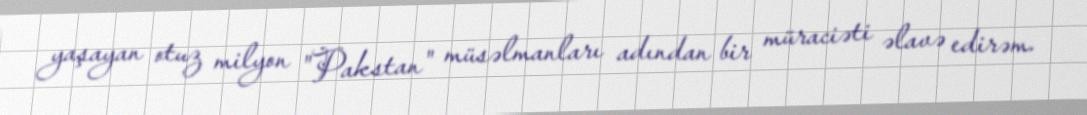
yaşayan otuz milyon "Pakstan" müsəlmanları adından bir müraciəti əlavə edirəm.